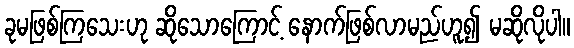
ခုမဖြစ်ကြသေးဟု ဆိုသောကြောင့် နောက်ဖြစ်လာမည်ဟူ၍ မဆိုလိုပါ။